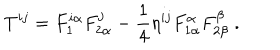
LaTeX: T ^ { i j } = F _ { 1 } ^ { i \alpha } F _ { 2 \alpha } ^ { j } - \frac 1 4 \eta ^ { i j } F _ { 1 \alpha } ^ { \alpha } F _ { 2 \beta } ^ { \beta } \; .